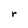
Character: r